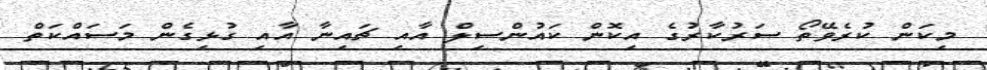
މިކަން ކުރެވޭތޯ ސަރުކާރުގެ އިކޮން ކައުންސިލް އާއި ޗައިނާ އާއި ގުޅިގެން މަސައްކަތް